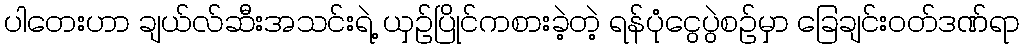
ပါတေးဟာ ချယ်လ်ဆီးအသင်းရဲ့ ယှဉ်ပြိုင်ကစားခဲ့တဲ့ ရန်ပုံငွေပွဲစဉ်မှာ ခြေချင်းဝတ်ဒဏ်ရာ